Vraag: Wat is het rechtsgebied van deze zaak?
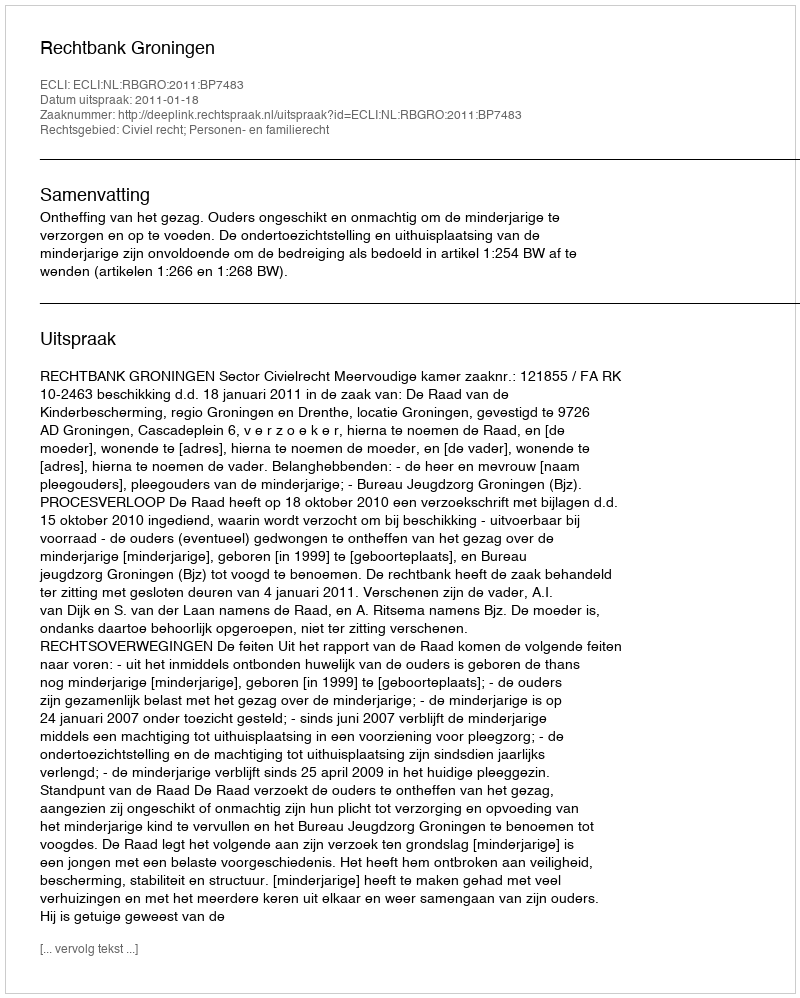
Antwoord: Civiel recht; Personen- en familierecht